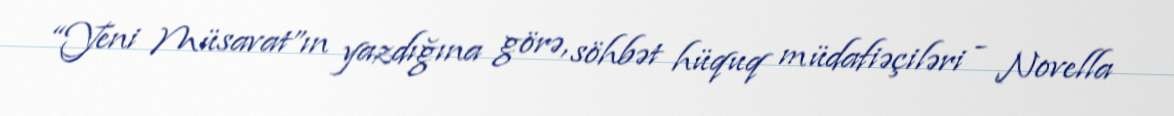
“Yeni Müsavat”ın yazdığına görə, söhbət hüquq müdafiəçiləri - Novella